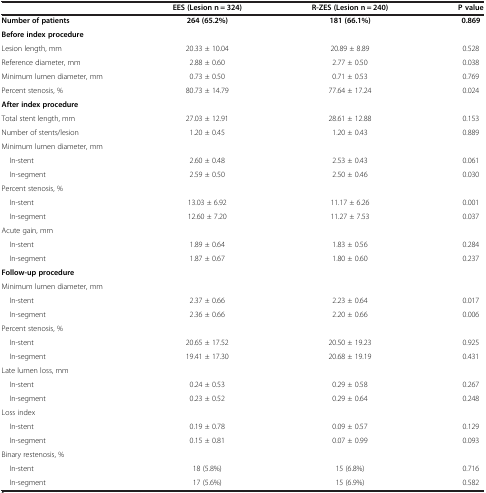
<table><thead><tr><td><b> </b></td><td><b>EES (Lesion n = 324)</b></td><td><b>R-ZES (Lesion n = 240)</b></td><td><b>P value</b></td></tr></thead><tbody><tr><td><b>Number of patients</b></td><td><b>264 (65.2%)</b></td><td><b>181 (66.1%)</b></td><td><b>0.869</b></td></tr><tr><td><b>Before index procedure</b></td><td> </td><td> </td><td> </td></tr><tr><td>Lesion length, mm</td><td>20.33 ± 10.04</td><td>20.89 ± 8.89</td><td>0.528</td></tr><tr><td>Reference diameter, mm</td><td>2.88 ± 0.60</td><td>2.77 ± 0.50</td><td>0.038</td></tr><tr><td>Minimum lumen diameter, mm</td><td>0.73 ± 0.50</td><td>0.71 ± 0.53</td><td>0.769</td></tr><tr><td>Percent stenosis, %</td><td>80.73 ± 14.79</td><td>77.64 ± 17.24</td><td>0.024</td></tr><tr><td><b>After index procedure</b></td><td> </td><td> </td><td> </td></tr><tr><td>Total stent length, mm</td><td>27.03 ± 12.91</td><td>28.61 ± 12.88</td><td>0.153</td></tr><tr><td>Number of stents/lesion</td><td>1.20 ± 0.45</td><td>1.20 ± 0.43</td><td>0.889</td></tr><tr><td>Minimum lumen diameter, mm</td><td> </td><td> </td><td> </td></tr><tr><td> In-stent</td><td>2.60 ± 0.48</td><td>2.53 ± 0.43</td><td>0.061</td></tr><tr><td> In-segment</td><td>2.59 ± 0.50</td><td>2.50 ± 0.46</td><td>0.030</td></tr><tr><td>Percent stenosis, %</td><td> </td><td> </td><td> </td></tr><tr><td> In-stent</td><td>13.03 ± 6.92</td><td>11.17 ± 6.26</td><td>0.001</td></tr><tr><td> In-segment</td><td>12.60 ± 7.20</td><td>11.27 ± 7.53</td><td>0.037</td></tr><tr><td>Acute gain, mm</td><td> </td><td> </td><td> </td></tr><tr><td> In-stent</td><td>1.89 ± 0.64</td><td>1.83 ± 0.56</td><td>0.284</td></tr><tr><td> In-segment</td><td>1.87 ± 0.67</td><td>1.80 ± 0.60</td><td>0.237</td></tr><tr><td><b>Follow-up procedure</b></td><td> </td><td> </td><td> </td></tr><tr><td>Minimum lumen diameter, mm</td><td> </td><td> </td><td> </td></tr><tr><td> In-stent</td><td>2.37 ± 0.66</td><td>2.23 ± 0.64</td><td>0.017</td></tr><tr><td> In-segment</td><td>2.36 ± 0.66</td><td>2.20 ± 0.66</td><td>0.006</td></tr><tr><td>Percent stenosis, %</td><td> </td><td> </td><td> </td></tr><tr><td> In-stent</td><td>20.65 ± 17.52</td><td>20.50 ± 19.23</td><td>0.925</td></tr><tr><td> In-segment</td><td>19.41 ± 17.30</td><td>20.68 ± 19.19</td><td>0.431</td></tr><tr><td>Late lumen loss, mm</td><td> </td><td> </td><td> </td></tr><tr><td> In-stent</td><td>0.24 ± 0.53</td><td>0.29 ± 0.58</td><td>0.267</td></tr><tr><td> In-segment</td><td>0.23 ± 0.52</td><td>0.29 ± 0.64</td><td>0.248</td></tr><tr><td>Loss index</td><td> </td><td> </td><td> </td></tr><tr><td> In-stent</td><td>0.19 ± 0.78</td><td>0.09 ± 0.57</td><td>0.129</td></tr><tr><td> In-segment</td><td>0.15 ± 0.81</td><td>0.07 ± 0.99</td><td>0.093</td></tr><tr><td>Binary restenosis, %</td><td> </td><td> </td><td> </td></tr><tr><td> In-stent</td><td>18 (5.8%)</td><td>15 (6.8%)</td><td>0.716</td></tr><tr><td> In-segment</td><td>17 (5.6%)</td><td>15 (6.9%)</td><td>0.582</td></tr></tbody></table>